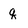
Character: q